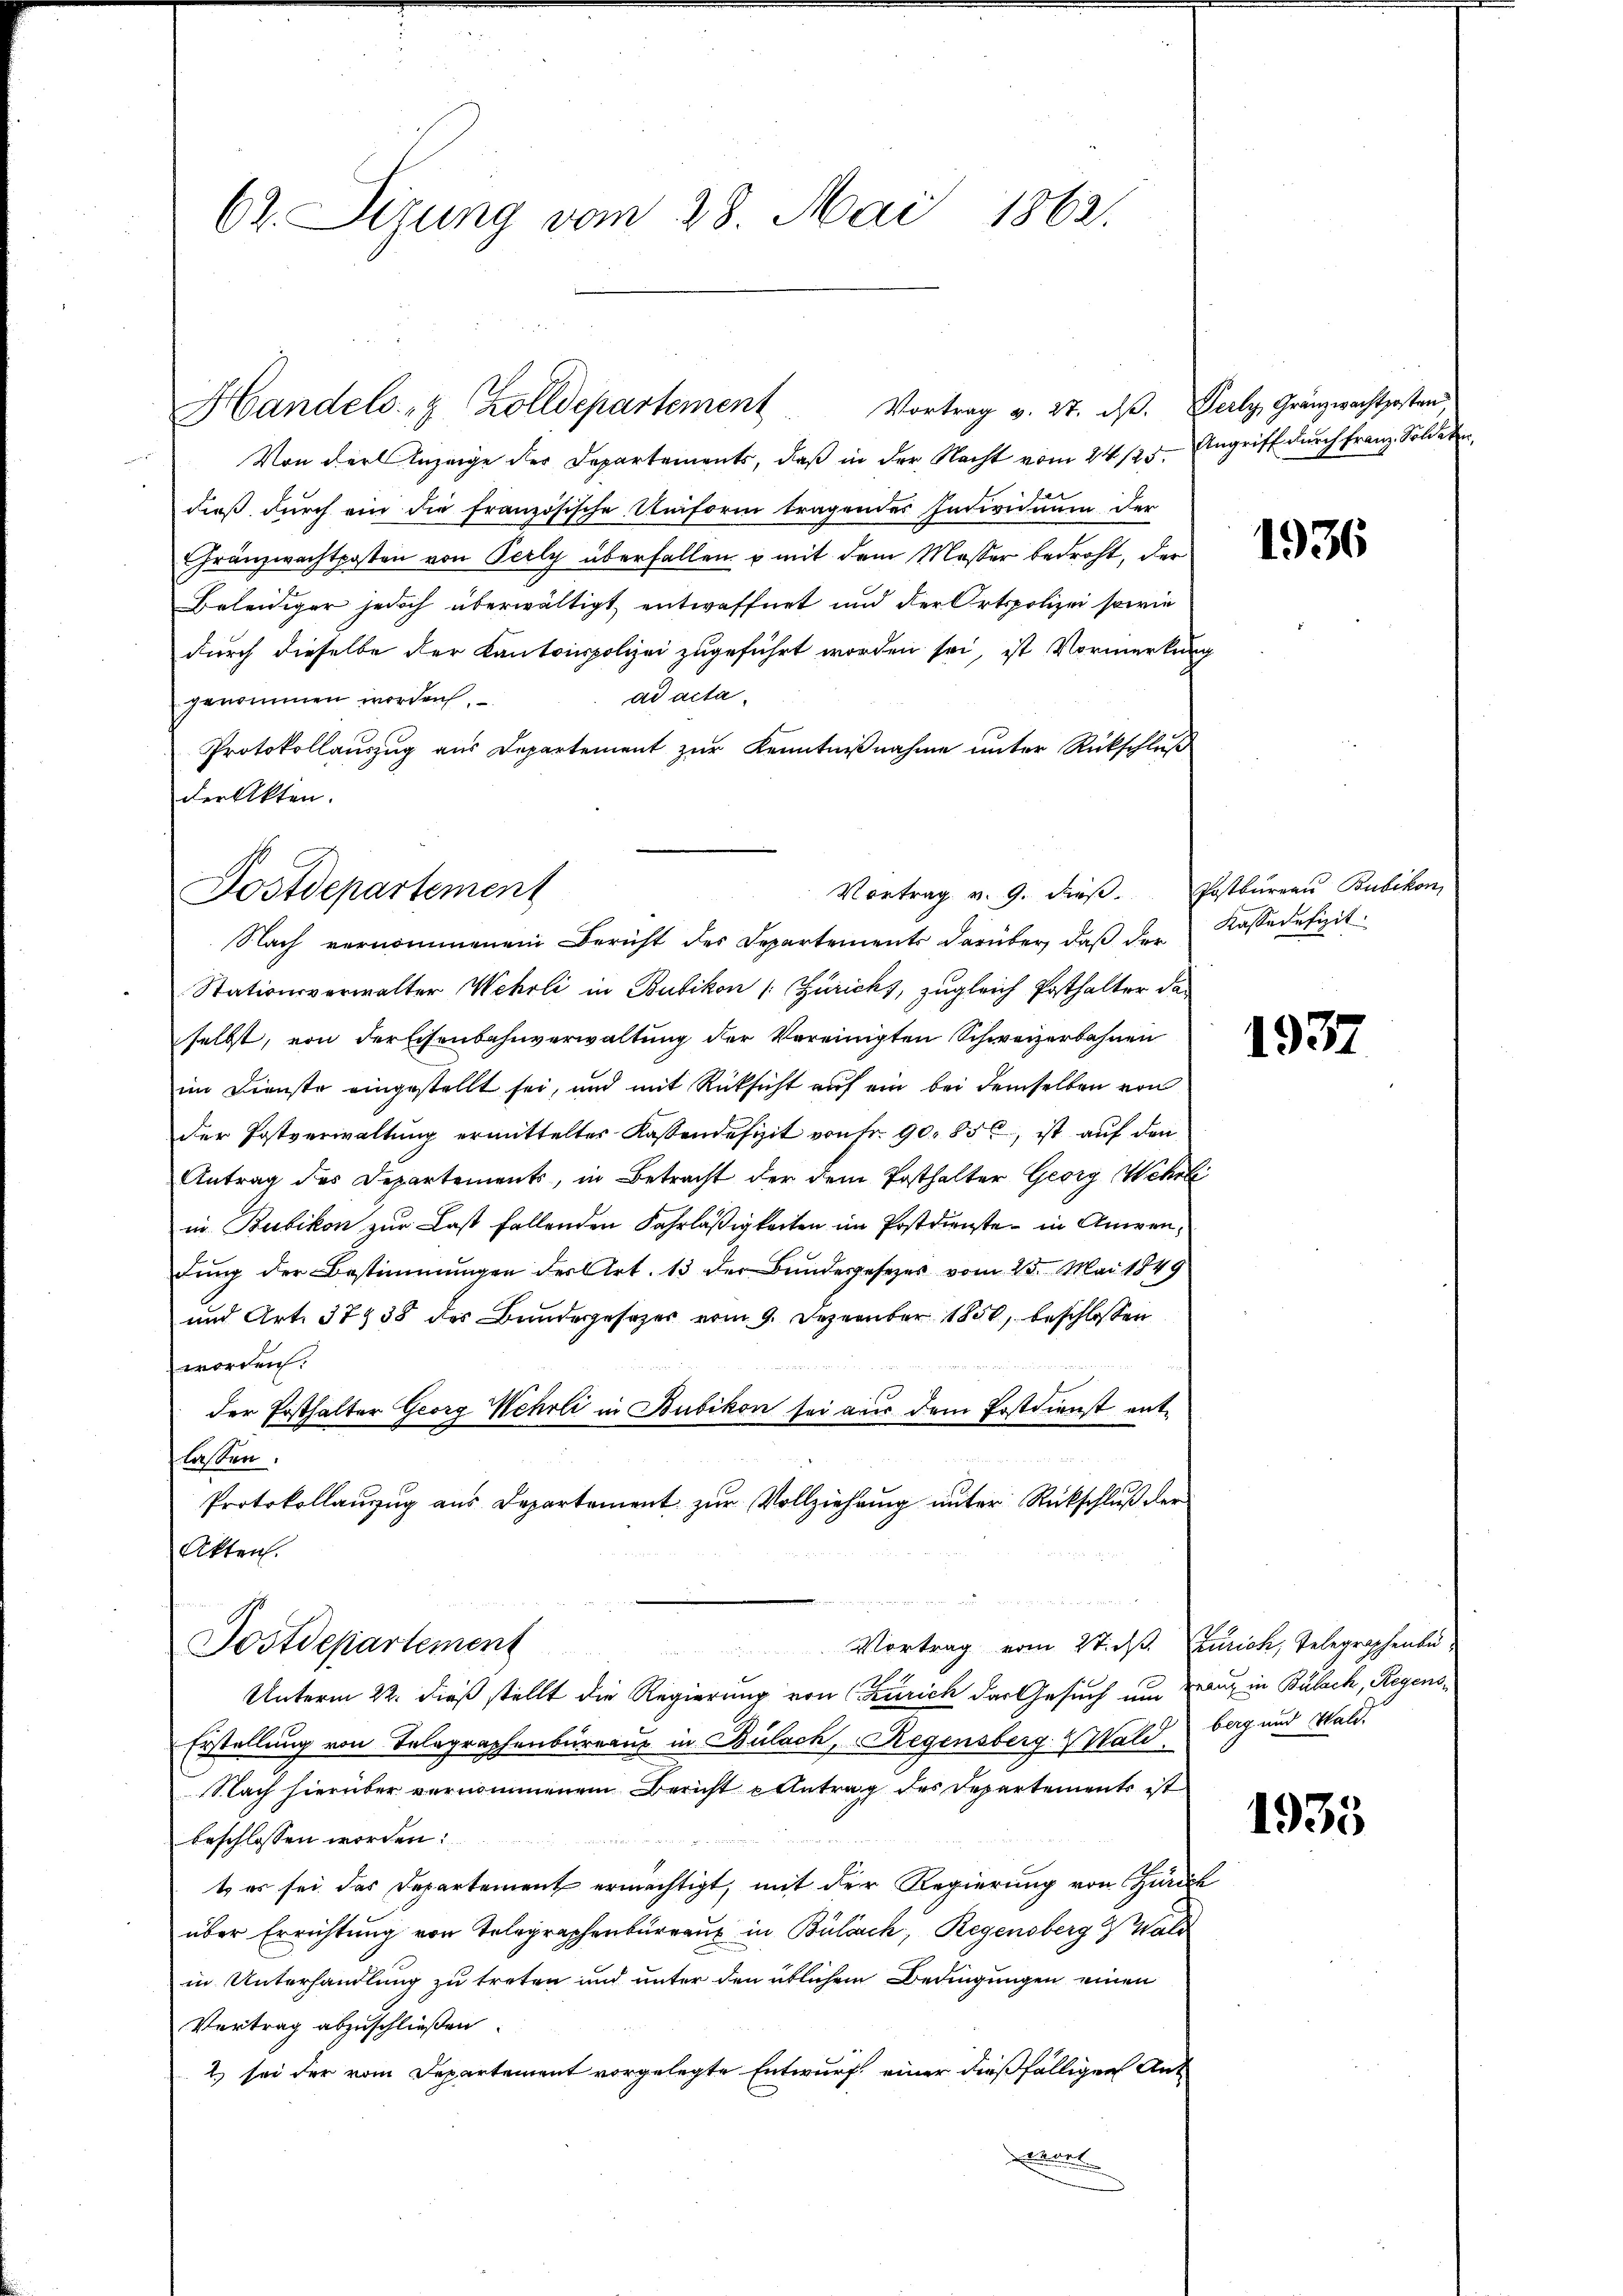
62. Sizung vom 28. Mai 1863.

Von der Anzeige der Departements, daß in der Nacht vom 24. 125. Angriff durch Franz Soldate
dieß durch ein die französische Uniform tragendes Individuum der
Franzwachtposten von Perly überfallen u mit dem Messer bedroht, der
Beleidiger jedoch überwältigt entwaffnet und der Ortspolizei sowie
durch dieselbe der Kantonspolizei zugeführt worden sei, ist Vormerkung
ad acta.
genommen worden,
Protokollauszug aus Departement zur Kenntnißnahme unter Rückschluß
der Akten.
Nach vernommenen Bericht des Departements darüber, daß der
Stationsverwalter Wehrli in Bubikon [Züricht, zugleich Posthalter das
selbst, von der Eisenbahnverwaltung der Vereinigten Schweizerbahnen
im Dienste eingestellt sei, und mit Rücksicht auf ein bei demselben von
der Postverwaltung ermittelter Kassendefizit von Fr. 90. 856, ist auf den
Antrag des Departements, in Betracht der dem Posthalter Georg Wehrli
in Bubikon zur Last fallenden Fahrläßigkeiten im Postdienste in Anwendung der Bestimmungen der Art. 13 der Bundesgesezes vom 25. Mai 1849
und Art. 37938 des Bundesgesezes vom 9. Dezember 1850, beschlossen
worden.
der Posthalter Georg Wehrli in Bubikon sei aus dem Erstdienst entflassen.
Protokollanzug aus Departement zur Vollziehung unter Rückschluß der
Akten.
un
Postdepartement
Vortrag vom Sties Zürich, Telegraphente
Unterm 22. dieß stellt die Regierung von Zürich der Gesuch um Braut in Bülach, Regens¬
Erstellung von Telegraphenbüreaus in Bülach, Regensberg & Wald beg und Wald.
Nach hierüber vernommenem Bericht eintrag des Departements ist
beschlossen worden:
t es sei das Departement ermächtigt, mit der Regierung von Zürich
über Errichtung von Telegraphenbüreaux in Bülach, Regensberg Wald
in Unterhandlung zu treten und unter den üblichem Bedingungen einen
Vertrag abzuschließen.
) sei der vom Departement vorgelegte Entwurf einer dießfälligen Ant¬
Semes

Handels- & Zolldepartement Vortrag v. 27. dβ. Perly Gränzwachtposten,

Vortrag v. 9. dieß. Postbureau Bubikon,
Postdepartement

1936

Kassadefizit

1937

1935